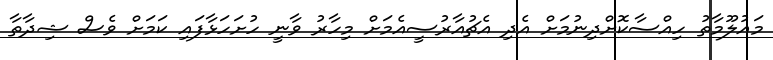
މައުލޫމާތު ހިއްސާކޮށްދިނުމަށް އެދި އެޗުއާރުސީއެމަށް މިހާރު ވާނީ ހުށަހަޅާފައި ކަމަށް ވެސް ޝިދާތާ